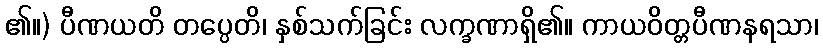
၏။) ပီဏယတိ တပ္ပေတိ၊ နှစ်သက်ခြင်း လက္ခဏာရှိ၏။ ကာယဝိတ္တပီဏနရသာ၊